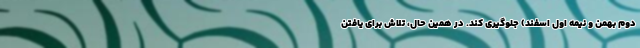
دوم بهمن و نیمه اول اسفند) جلوگیری کند. در همین حال، تلاش برای یافتن